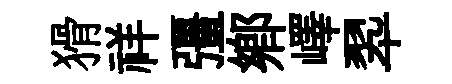
猾祥彊鄕嶧翆